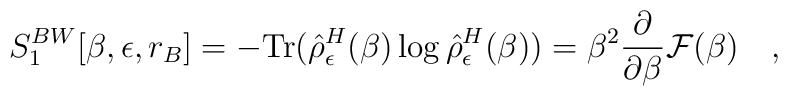
S_1^{BW}[\beta,\epsilon,r_B]=-\mbox{Tr}(\hat{\rho}^H_\epsilon( \beta)\log\hat{\rho}^H_\epsilon(\beta))=	\beta^2{\partial \over \partial \beta}{\cal F}(\beta)~~~,